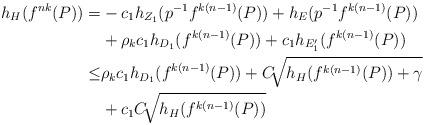
LaTeX: \begin{align*}h_{H}(f^{nk}(P))=&-c_{1}h_{Z_{1}}(p^{-1}f^{k(n-1)}(P))+h_{E}(p^{-1}f^{k(n-1)}(P))\\&+\rho_{k}c_{1}h_{D_{1}}(f^{k(n-1)}(P))+c_{1}h_{{E_{1}'}}(f^{k(n-1)}(P))\\\leq& \rho_{k}c_{1}h_{D_{1}}(f^{k(n-1)}(P))+C \sqrt[]{ h_{H}(f^{k(n-1)}(P))+\gamma}\\&+c_{1}C \sqrt[]{ h_{H}(f^{k(n-1)}(P))}\end{align*}